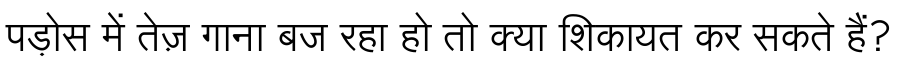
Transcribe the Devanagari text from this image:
पड़ोस में तेज़ गाना बज रहा हो तो क्या शिकायत कर सकते हैं?